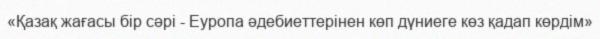
«Қазақ жағасы бір сәрі - Еуропа әдебиеттерінен көп дүниеге көз қадап көрдім»